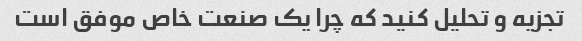
تجزیه و تحلیل کنید که چرا یک صنعت خاص موفق است